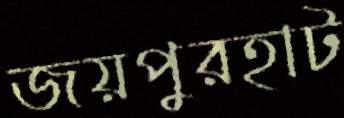
জয়পুরহাট